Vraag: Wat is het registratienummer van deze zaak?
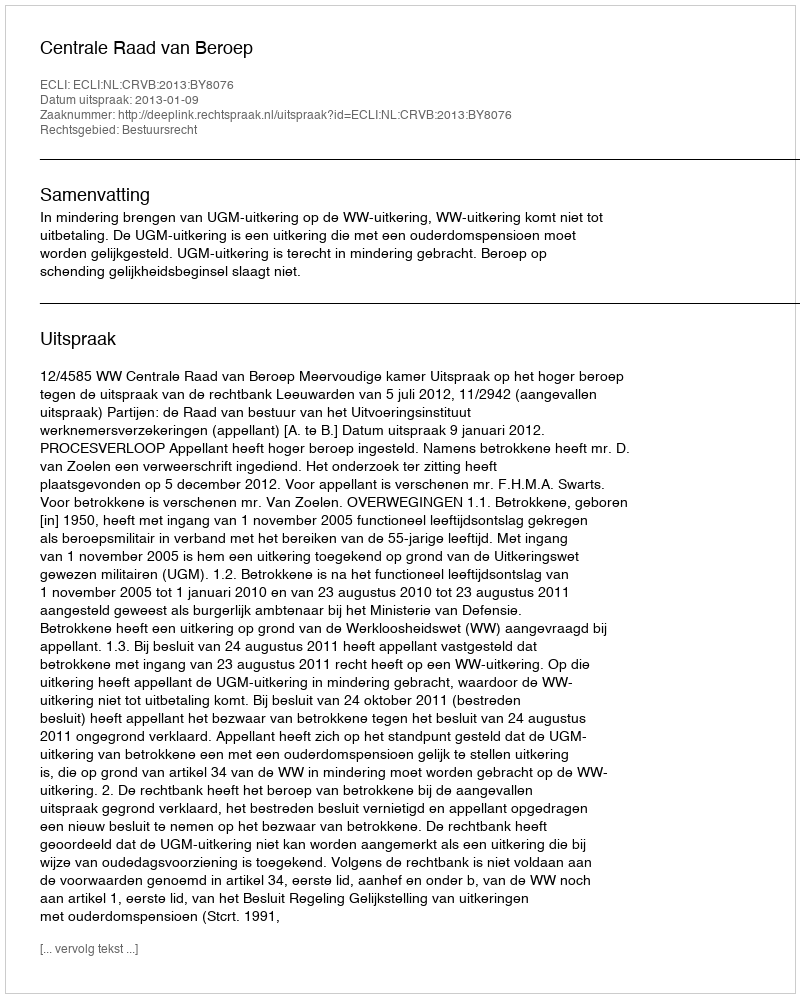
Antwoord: http://deeplink.rechtspraak.nl/uitspraak?id=ECLI:NL:CRVB:2013:BY8076